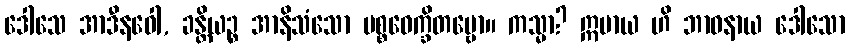
ဒေါသေ အာဒီနဝေါ, ခန္တိယဉ္စ အာနိသံသော ပစ္စဝေက္ခိတဗ္ဗော။ ကသ္မာ? ဣမာယ ဟိ ဘာဝနာယ ဒေါသော